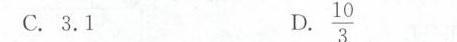
C.3.1 \frac{10}{3}